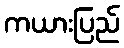
ကယားပြည်